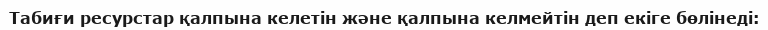
Табиғи ресурстар қалпына келетін және қалпына келмейтін деп екіге бөлінеді: